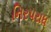
નિરપરાધ